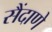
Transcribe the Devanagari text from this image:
सैंदाणे